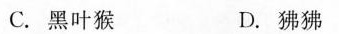
C.黑叶猴 D.狒狒